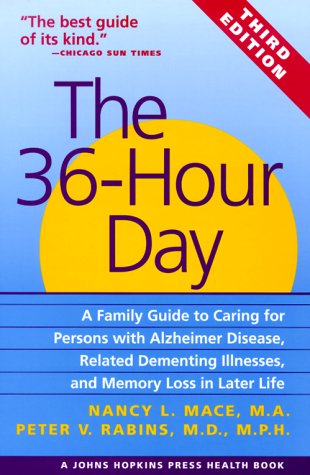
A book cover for The 36-Hour Day: A Family Guide to Caring for Persons with Alzheimer Disease, Related Dementing Illnesses, and Memory Loss in Later Life (A Johns Hopkins Press Health Book); Nancy L. Mace; Medical Books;